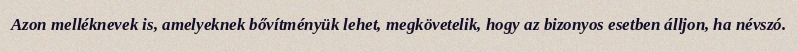
Azon melléknevek is, amelyeknek bővítményük lehet, megkövetelik, hogy az bizonyos esetben álljon, ha névszó.